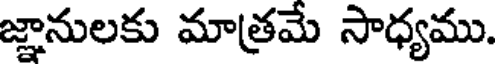
జ్ఞానులకు మాత్రమే సాధ్యము.